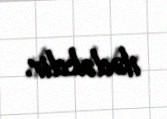
ilədəkdir.